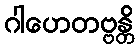
ဂါဟေတဗ္ဗန္တိ